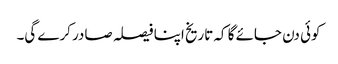
کوئی دن جائے گا کہ تاریخ اپنا فیصلہ صادر کرے گی۔